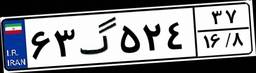
۰۵گ۴۳۹۳۱